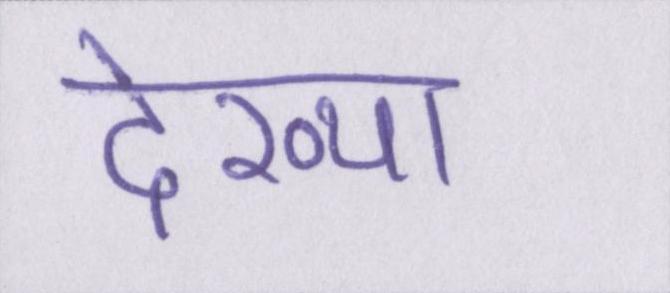
देख्या